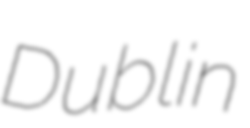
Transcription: Dublin